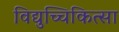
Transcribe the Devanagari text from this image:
विद्युच्चिकित्सा